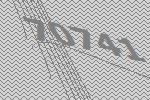
70741